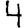
Digit: 4